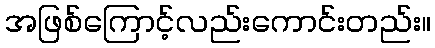
အဖြစ်ကြောင့်လည်းကောင်းတည်း။